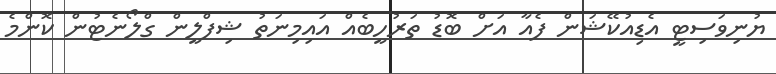
ޔުނިވަސިޓީ އެޑިއުކޭޝަން ފެއާ އަށް ބޮޑު ތަރުހީބެއް އައިމިނަތު ޝިފްލީން ގްލޯނެޓުން ކޮންމެ